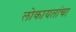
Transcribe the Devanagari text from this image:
लोकायतांचा